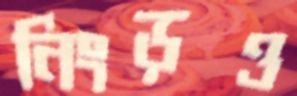
নিংড়ও